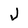
Character: J